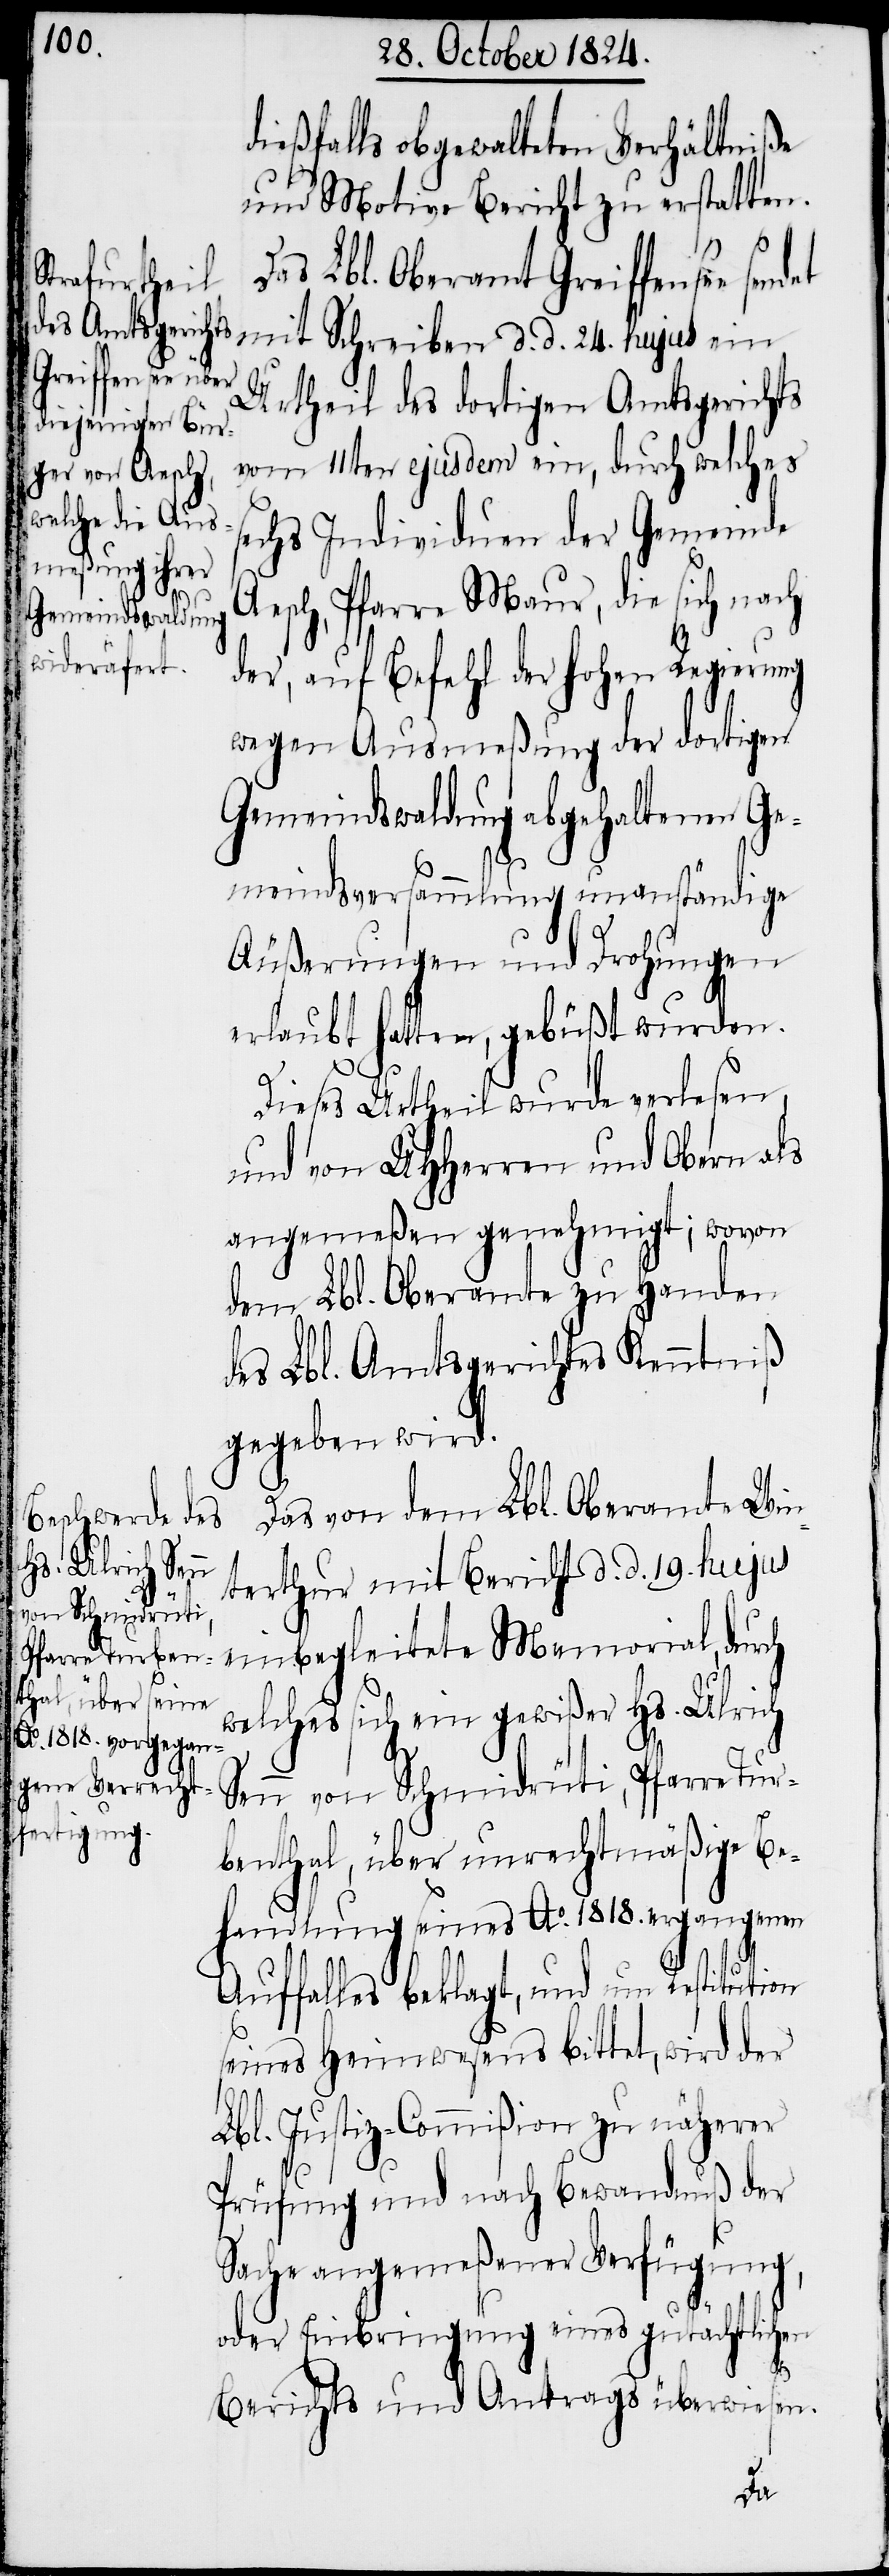
dießfalls obgewalteten Verhältniße
und Motive Bericht zu erstatten.
Das Lbl. Oberamt Greiffense¬
e sendet mit Schreiben d. d. 24. hujus ein
Urtheil des dortigen Amtsgerichts
vom 11ten ejusdem ein, durch welches
sechs Individuen der Gemeinde
Aesch, Pfarre Maur, die sich nach
der, auf Befehl der hohen Regierung
wegen Ausmeßung der dortigen
Gemeindswaldungen abgehaltenen Ge¬
meindsversammlung unanständige
Äußerungen und Drohungen
erlaubt hatten, gebüßt wurden.
Dieses Urtheil wurde verlesen,
und von UHHerren und Obern als
angemeßen genehmigt; wovon
dem Lbl. Oberamte zu Handen
des Lbl. Amtsgerichtes Kenntniß
gegeben wird.
Das von dem Lbl. Oberamte Win¬
terthur mit Bericht d. d. 19. hujus
einbegleitete Memorial, durch
welches sich ein gewißer Hs. Ulrich
Senn von Schmidrüti, Pfarre Tur¬
benthal, über unrechtmäßige Be¬
handlung seines Ao. 1818. ergangnen
Auffalles beklagt, und um Restitution
seines Heimwesens bittet, wird der
Lbl. Justiz-Commißion zu näherer
Prüfung und nach Bewandtnuß der
Sache angemeßener Verfügung,
oder Einbringung eines gutächtlichen
Berichtes und Antrags überwiesen.